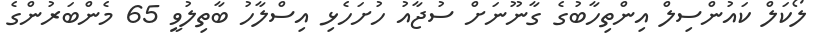
ލޯކަލް ކައުންސިލް އިންތިހާބުގެ ގާނޫނަށް ސުޖާއު ހުށަހެޅި އިސްލާހު ބާތިލުވީ 65 މެންބަރުންގެ